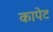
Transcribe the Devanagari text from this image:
कापेट